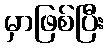
မှာဖြစ်ပြီး